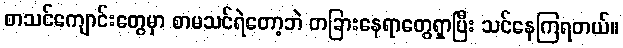
စာသင်ကျောင်းတွေမှာ စာမသင်ရဲတော့ဘဲ တခြားနေရာတွေရှာပြီး သင်နေကြရတယ်။